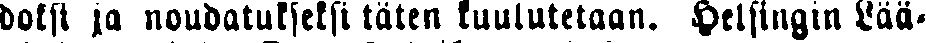
doksi ja noudatukseksi täten kuulutetaan. Helsingin Lää-